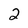
Character: 2